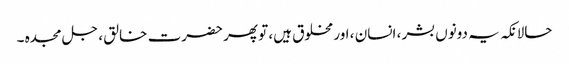
حالانکہ یہ دونوں بشر ، انسان ، اور مخلوق ہیں، تو پھر حضرت خالق ، جل مجدہ ۔